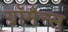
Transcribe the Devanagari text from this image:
ग्रॉमैन्स